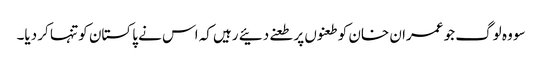
سو وہ لوگ جو عمران خان کو طعنوں پر طعنے دئیے رہیں کہ اس نے پاکستان کو تنہا کر دیا۔